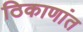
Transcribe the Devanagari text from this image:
ठिकाणांत